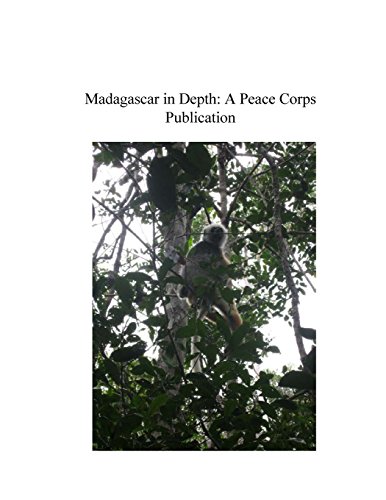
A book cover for Madagascar in Depth: A Peace Corps Publication; Peace Corps; Travel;